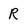
Character: R